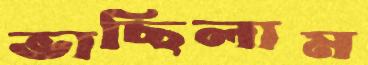
ভাছিলাম